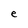
Character: e